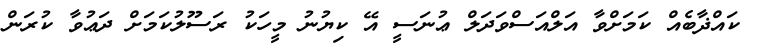
ކައްޛާބެއް ކަމަށްވާ އަލްއަސްވަދަލް ޢުނަސީ އޭ ކިޔުނު މީހަކު ރަސޫލުކަމަށް ދަޢުވާ ކުރަން